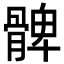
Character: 髀